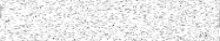
١٣